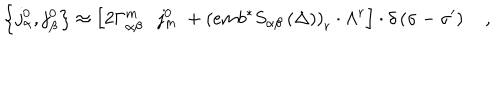
LaTeX: \left\{ j _ { \alpha } ^ { 0 } , j _ { \beta } ^ { 0 } \right\} \approx \left[ 2 \Gamma _ { \alpha \beta } ^ { m } \cdot j _ { m } ^ { 0 } \; + \left( e m b ^ { * } S _ { \alpha \beta } \left( \Delta \right) \right) _ { r } \cdot \Lambda ^ { r } \right] \cdot \delta \left( \sigma - \sigma ^ { \prime } \right) \quad ,